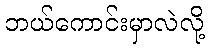
ဘယ်ကောင်းမှာလဲလို့